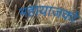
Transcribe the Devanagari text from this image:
महायाजकों